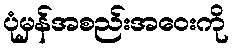
ပုံမှန်အစည်းအဝေးကို